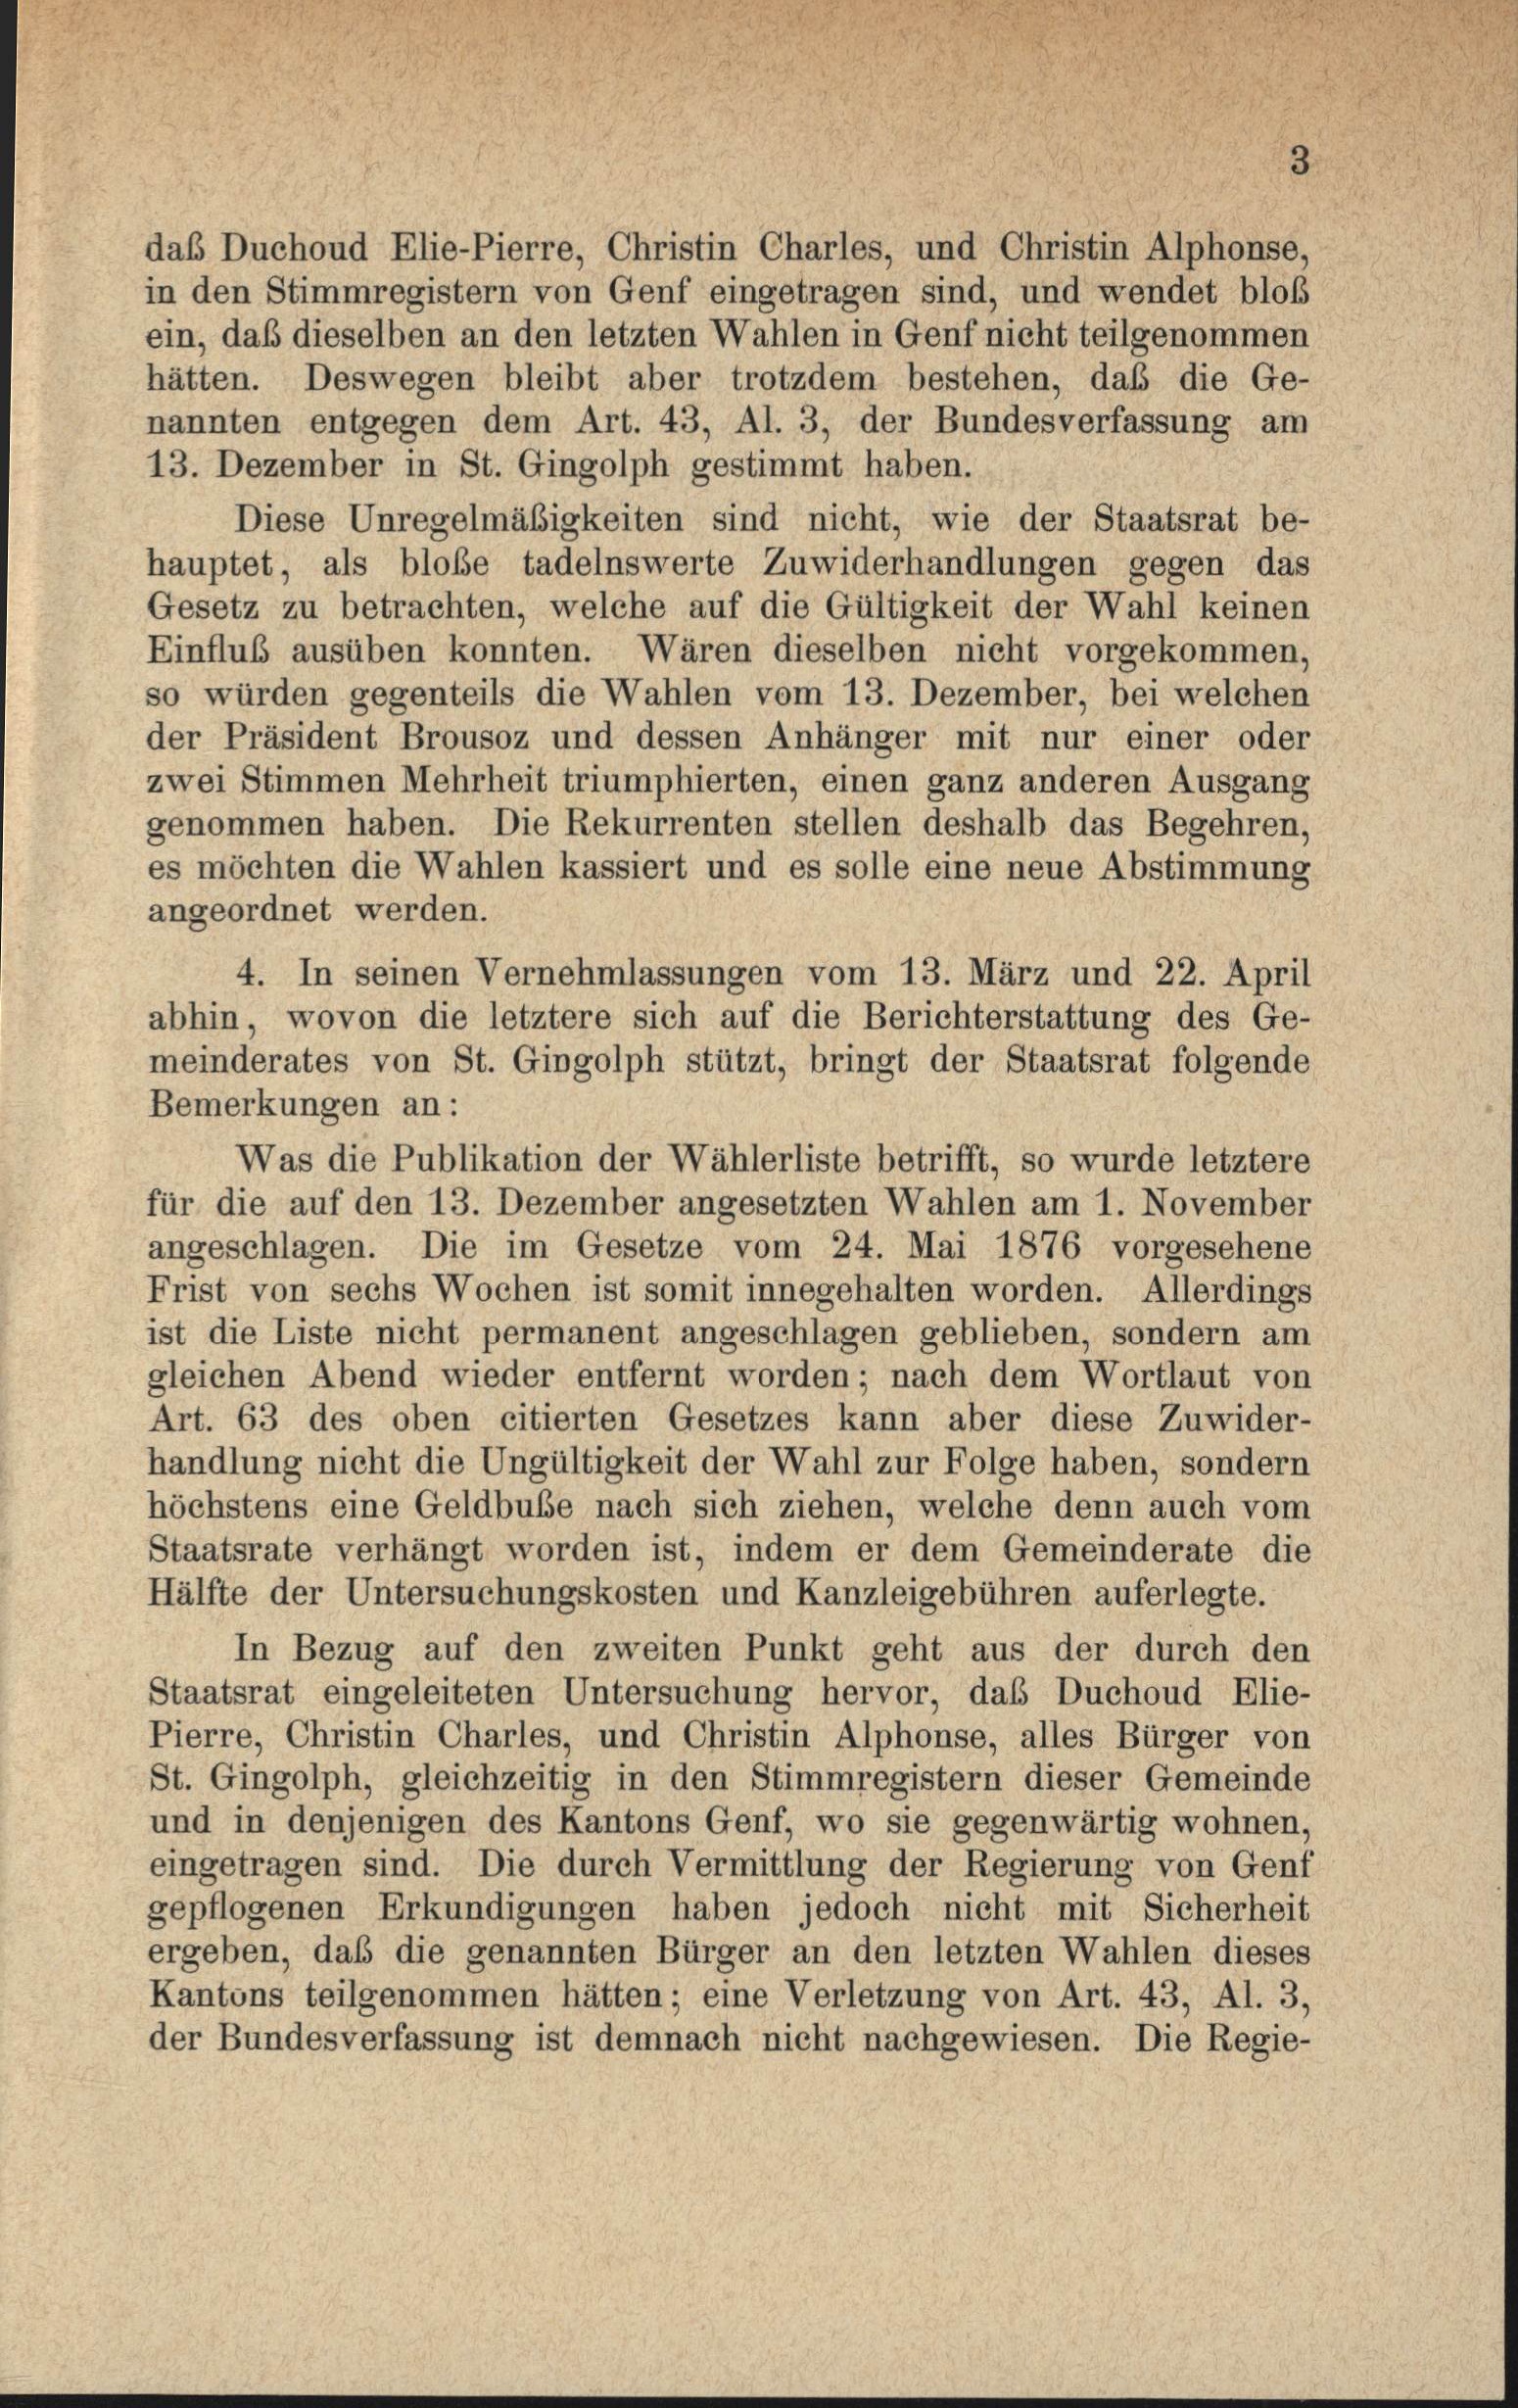
Was die Publikation der Wählerliste betrifft, so wurde letztere

3

das Duchoud Elie-Pierre, Christin Charles, und Christin Alphonse,
in den Stimmregistern von Genf eingetragen sind, und wendet bloß
ein, daß dieselben an den letzten Wahlen in Genf nicht teilgenommen
hätten. Deswegen bleibt aber trotzdem bestehen, daß die Ge-
nannten entgegen dem Art. 43, Al. 3, der Bundesverfassung am
13. Dezember in St. Gingolph gestimmt haben.
Diese Unregelmäßigkeiten sind nicht, wie der Staatsrat be-
hauptet, als blose tadelnswerte Zuwiderhandlungen gegen das
Gesetz zu betrachten, welche auf die Gültigkeit der Wahl keinen
Einfluß ausüben konnten. Wären dieselben nicht vorgekommen,
so würden gegenteils die Wahlen vom 13. Dezember, bei welchen
der Präsident Brousoz und dessen Anhänger mit nur einer oder
zwei Stimmen Mehrheit triumphierten, einen ganz anderen Ausgang
genommen haben. Die Rekurrenten stellen deshalb das Begehren,
es möchten die Wahlen kassiert und es solle eine neue Abstimmung
angeordnet werden.
4. In seinen Vernehmlassungen vom 13. März und 22. April
abhin, wovon die letztere sich auf die Berichterstattung des Ge-
meinderates von St. Gingolph stützt, bringt der Staatsrat folgende
Bemerkungen an:
für die auf den 13. Dezember angesetzten Wahlen am 1. November
angeschlagen. Die im Gesetze vom 24. Mai 1876 vorgesehene
Frist von sechs Wochen ist somit innegehalten worden. Allerdings
ist die Liste nicht permanent angeschlagen geblieben, sondern am
gleichen Abend wieder entfernt worden; nach dem Wortlaut von
Art. 63 des oben citierten Gesetzes kann aber diese Zuwider-
handlung nicht die Ungültigkeit der Wahl zur Folge haben, sondern
höchstens eine Geldbube nach sich ziehen, welche denn auch vom
Staatsrate verhängt worden ist, indem er dem Gemeinderate die
Hälfte der Untersuchungskosten und Kanzleigebühren auferlegte.
In Bezug auf den zweiten Punkt geht aus der durch den
Staatsrat eingeleiteten Untersuchung hervor, daß Duchoud Elie-
Pierre, Christin Charles, und Christin Alphonse, alles Bürger von
St. Gingolph, gleichzeitig in den Stimmregistern dieser Gemeinde
und in denjenigen des Kantons Genf, wo sie gegenwärtig wohnen,
eingetragen sind. Die durch Vermittlung der Regierung von Genf
gepflogenen Erkundigungen haben jedoch nicht mit Sicherheit
ergeben, daß die genannten Bürger an den letzten Wahlen dieses
Kantons teilgenommen hätten; eine Verletzung von Art. 43, Al. 3,
der Bundesverfassung ist demnach nicht nachgewiesen. Die Regie-